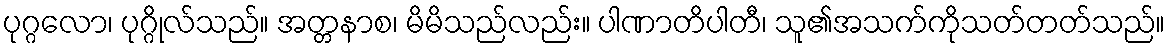
ပုဂ္ဂလော၊ ပုဂ္ဂိုလ်သည်။ အတ္တနာစ၊ မိမိသည်လည်း။ ပါဏာတိပါတီ၊ သူ၏အသက်ကိုသတ်တတ်သည်။